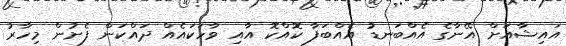
އައިޝާއަށް އޭނާގެ އެއްބަނޑު އެއްބަފާ ކޮއްކޮ އާއި ވާހަކައެއް ދައްކަން ފެށުން މިހާރު